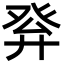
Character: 𤼪